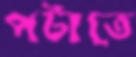
পটাতে